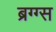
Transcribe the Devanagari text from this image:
ब्रग्ग्स